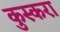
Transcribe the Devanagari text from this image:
कुस्करा